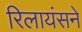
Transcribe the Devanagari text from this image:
रिलायंसने